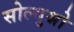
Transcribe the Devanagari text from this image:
सोल्युश्नो